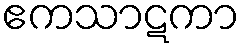
ဧကသာဋကာ